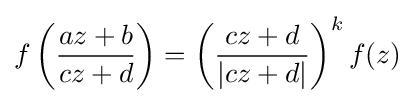
f\left({\frac {az+b}{cz+d}}\right)=\left({\frac {cz+d}{|cz+d|}}\right)^{k}f(z)